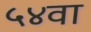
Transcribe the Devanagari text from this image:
५४वा